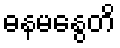
ဓနမနွေတိ